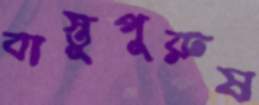
বাস্তুপুরুষ